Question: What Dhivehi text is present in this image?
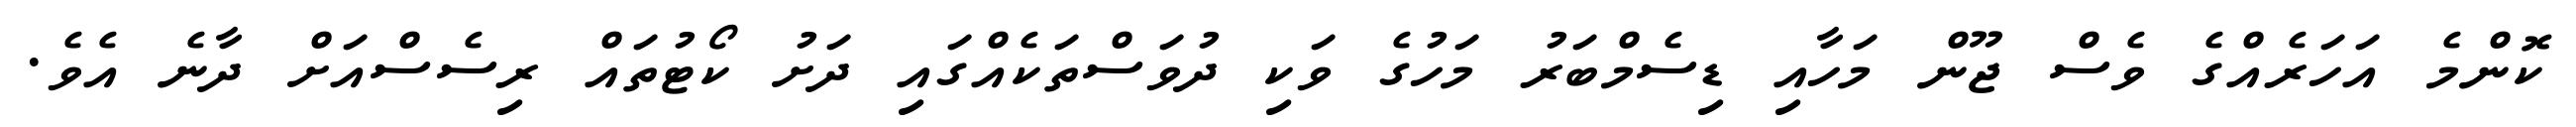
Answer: ކޮންމެ އަހަރެއްގެ ވެސް ޖޫން މަހާއި ޑިސެމްބަރު މަހުގެ ވަކި ދުވަސްތަކެއްގައި ދަށު ކޯޓުތައް ރިސެސްއަށް ދާނެ އެވެ.